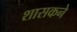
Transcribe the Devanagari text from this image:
शासकने